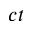
c t